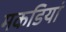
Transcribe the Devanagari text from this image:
मकडियां